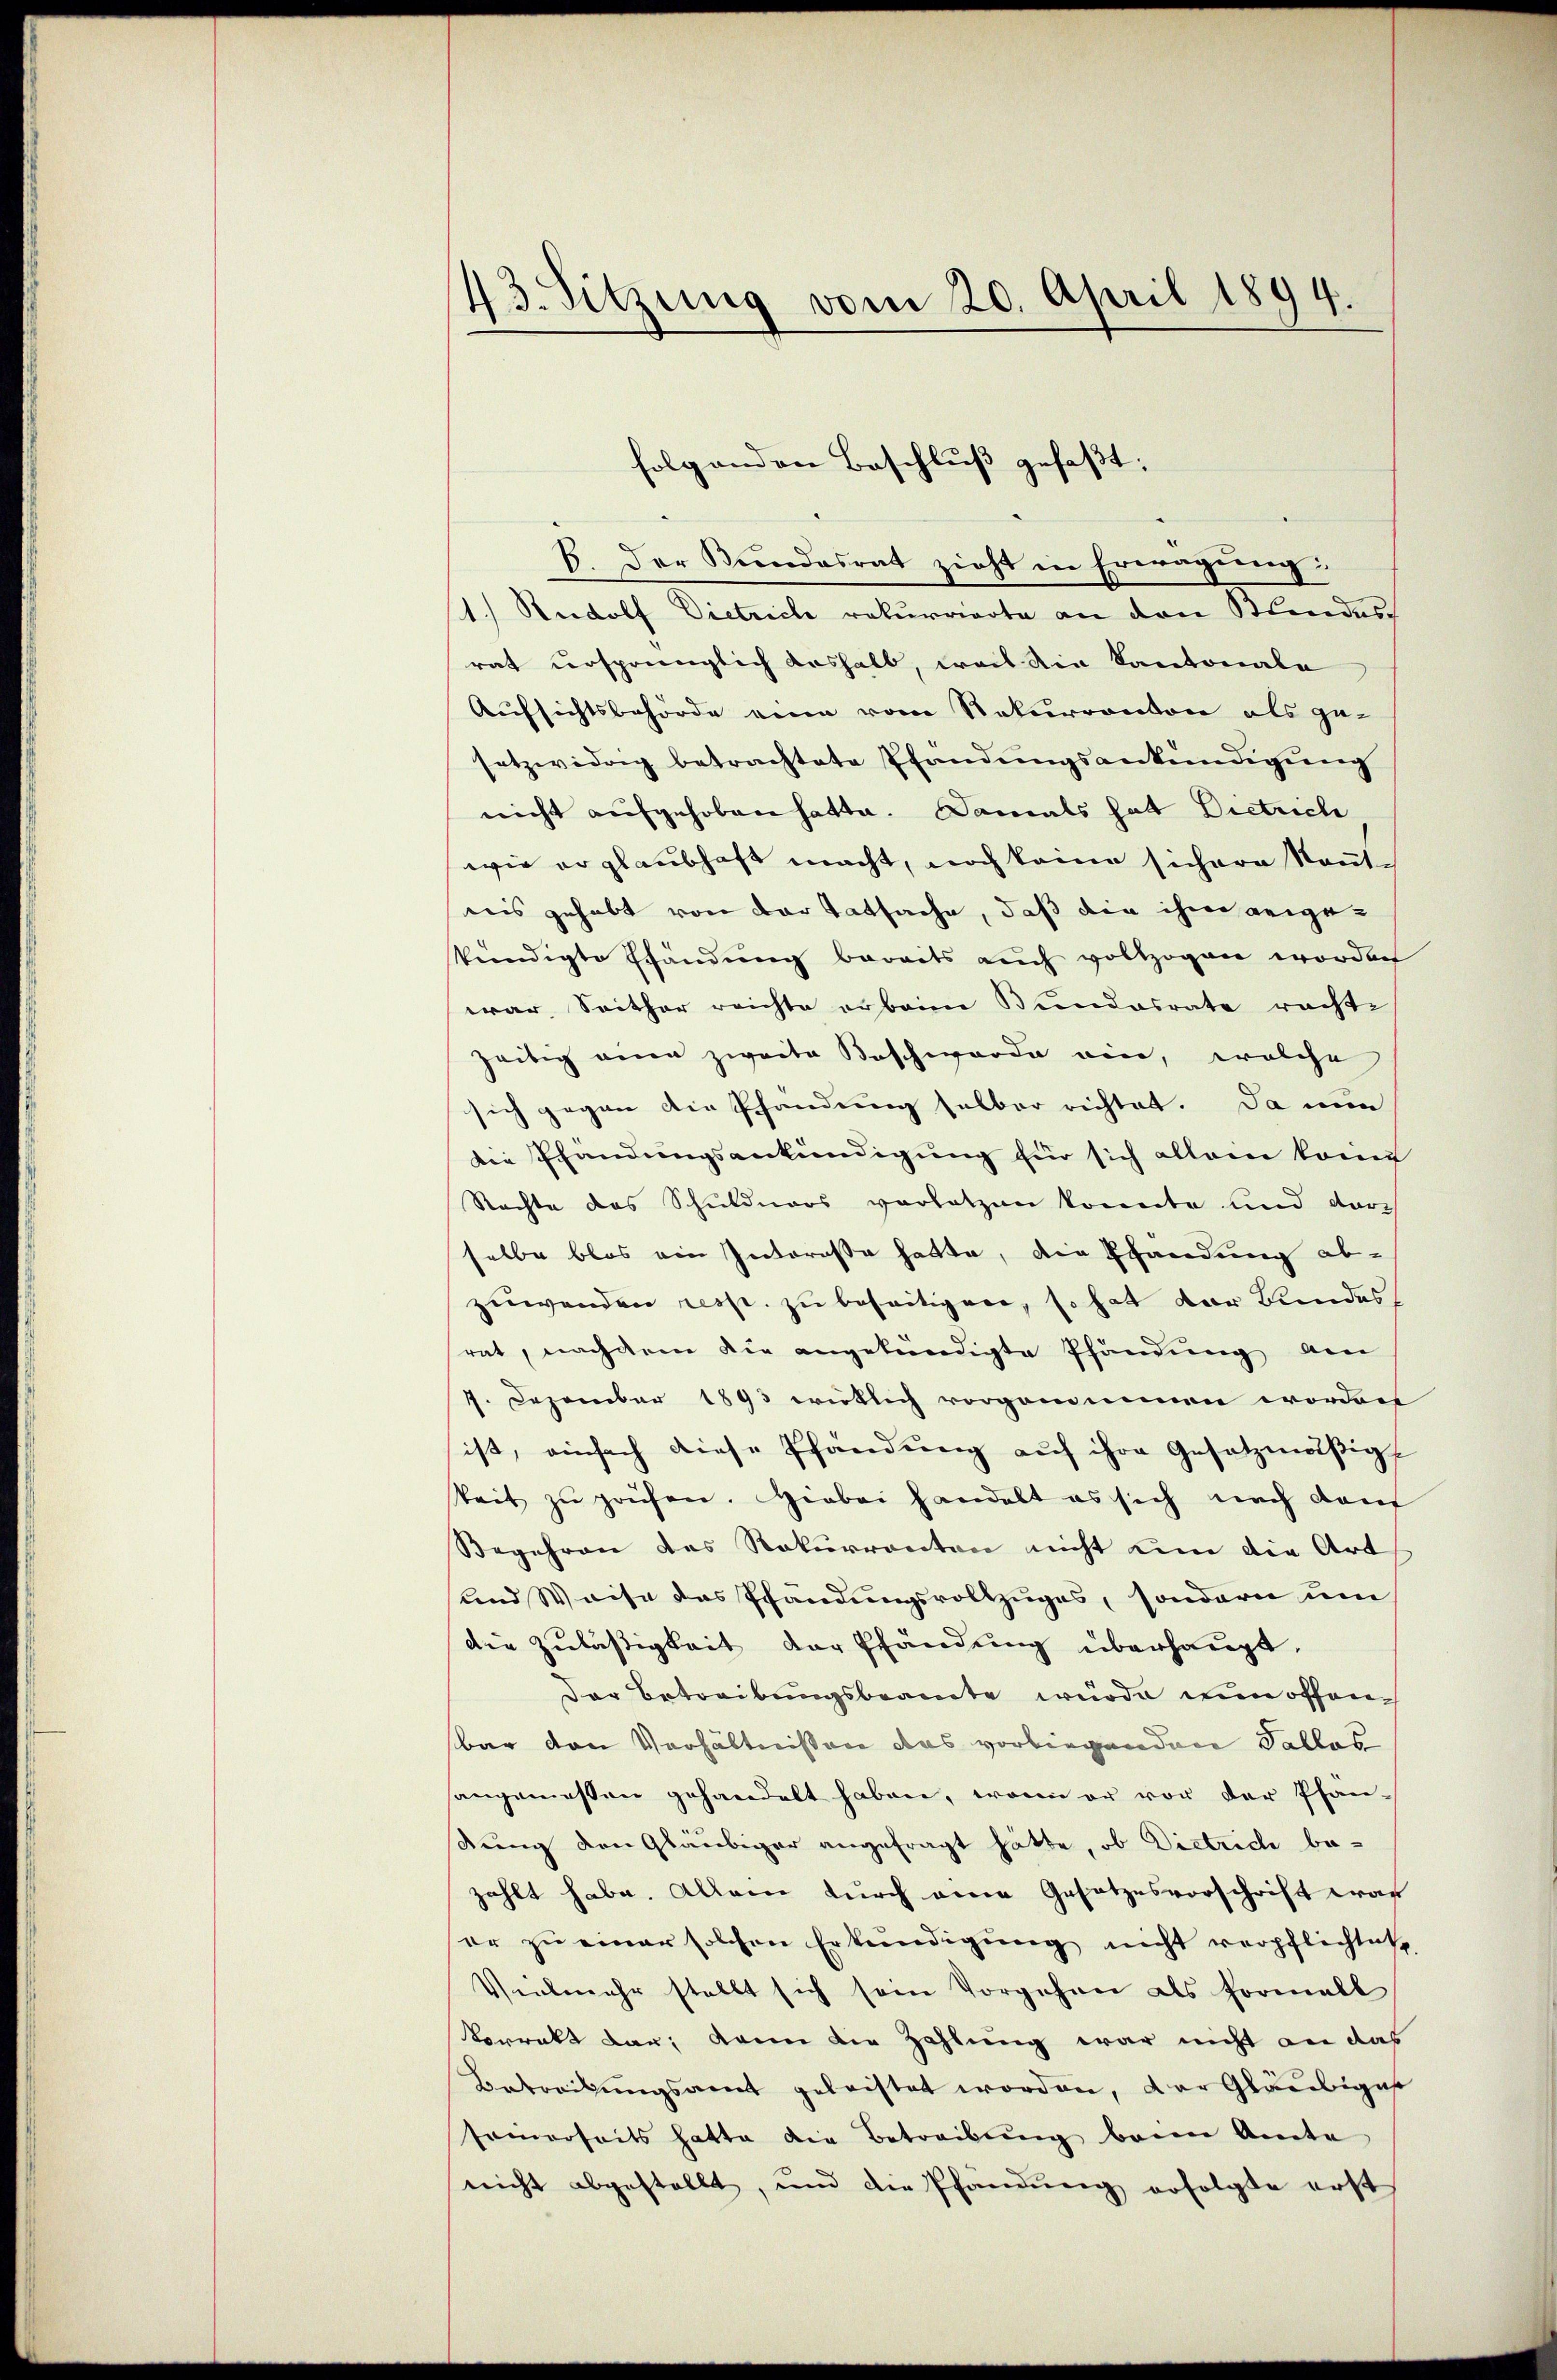
43. Sitzung vom 20. April 1894.

1.) Rudolf Dietrich rekurrierte an den Blindes
rat ursprünglich aushalb, weil die Kantonale
Aufsichtsbehörde eine vom Rekurrenton als ge-
setzwidrig betrachtete Pfandungsankündigung
nicht aufgehoben hatte. Damals hat Dietrich
wie er glaubhaft macht, noch keine sichere Kennt-
wis gehabt von der Tatsache, daß die ihre angekündigte Pfändung bereits auch vollzogen worden
war. Seither reichte erbaine Bundesrate rachte
zeitig ein zweite Beschworde ein, welche
sich gegen die Pfandung selber richtet. Da nun
die Pfandungsankündigung für sich allein konn
Rachte des Schuldners vorletzen konnte und darch
selbe blos ein Interesse hatte, die Pfandung abzuwenden resp. zu beseitigen, so hat der Bundesrat, nachdem die angekündigte Pfändung den
7. Dezember 1893 wirklich vorgenommen worden
ist, einfach diese Pfändung auf ihre Gesetzmäßigteit zŭ prüfen. Herbei handelt es sich nach dam
Begehren des Rekurrenten nicht um die Art
und Weise das Pfändungsvollzuges, sondern um
die Zuläßigkeit der Pfändung überhaupt,
Der Betreibungsbeamte würde nun offenbar den Verhältnissen das vorliegenden Falles
sangemessen gehandelt haben, wenn er vor der Phan-
dung den Gläubiger angefragt hätte, ob Dietrich bezahlt habe. Allein durch eine Gesetzesvorschrift war
er zu einer solchen Erkundigung nicht verpflichtet
Vielmehr stellt sich sein Vorgehren als Formell
Vorrekt dar; dann die Zahlung war nicht an das
Betreibungsamt geleistet worden, der Gläubiges
seinerseits hatte die Betreibŭng beim Amte
nicht abgestellt, und die Pfandung erfolgte erst

folgenden Beschluß gefaßt:
B. Der Bundesrat zieht in Erwägung: